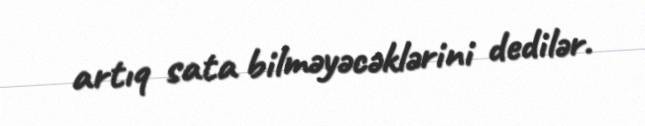
artıq sata bilməyəcəklərini dedilər.